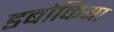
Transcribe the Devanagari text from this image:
डबोकिया